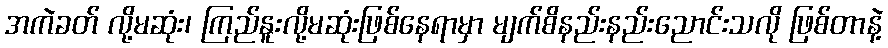
အကဲခတ် လို့မဆုံး၊ ကြည်နူးလို့မဆုံးဖြစ်နေရာမှာ မျက်စိနည်းနည်းညောင်းသလို ဖြစ်တာနဲ့